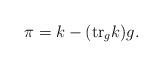
LaTeX: \begin{align*}\pi=k-(\mbox{tr}_g k)g.\end{align*}